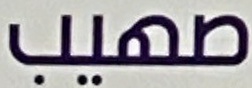
صهيب